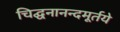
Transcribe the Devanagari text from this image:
चिद्घनानन्दमूर्तये